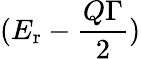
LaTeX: (E_{\mathrm{r}}-\frac{Q\Gamma}{2})